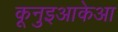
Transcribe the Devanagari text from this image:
कूनुइआकेआ